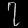
Digit: ၇